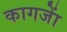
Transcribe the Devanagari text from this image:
कागजाें